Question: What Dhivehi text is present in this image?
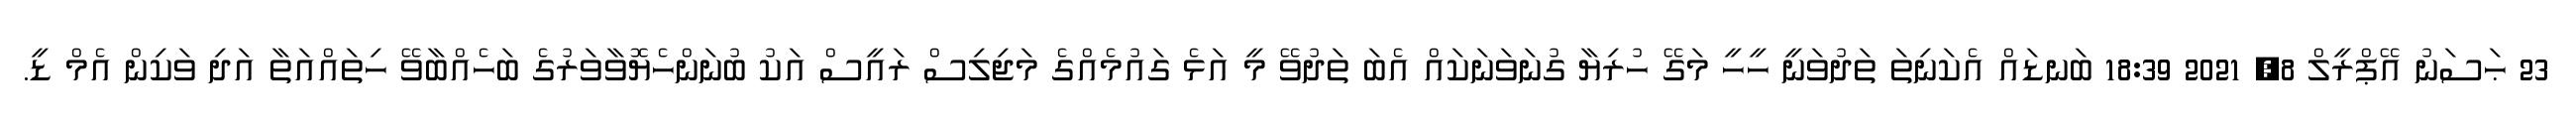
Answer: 23 ޙަސަނު އޭޕްރީލް 8, 2021 18:39 ބަނޑައް އެކަނިތަ ތަދުވަނީ ހީހީ މަގޭ ހުރިޔާ ގުނަވަނަކައް އެބަ ތަދުވޭ މީ އަޅެ ގައުމެއްގެ މަޖިލިސް ރައީސް އަކު ބުނަންހެޔޮވާވަރުގެ ބަހެއްބާވޭ ހިތައްއަތާ އަދި ވަކިން އެމް ޑީ.